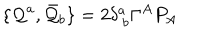
\{ { \cal Q } ^ { a } , \bar { { \cal Q } } _ { b } \} = 2 \delta _ { ~ b } ^ { a } \Gamma ^ { A } P _ { A }